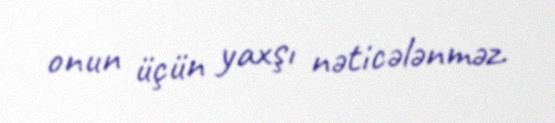
onun üçün yaxşı nəticələnməz.